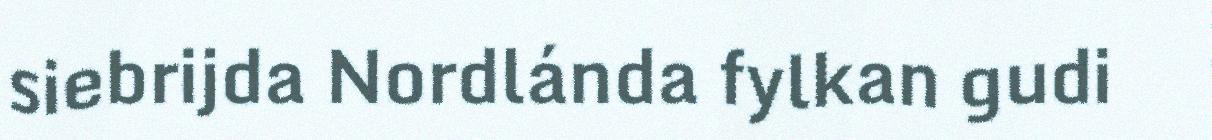
siebrijda Nordlánda fylkan gudi